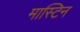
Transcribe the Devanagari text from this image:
मास्टिन